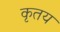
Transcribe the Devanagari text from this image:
कृतय